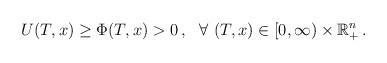
LaTeX: \begin{align*}U(T,x)\ge \Phi(T,x)>0\,, \ \ \forall\ (T,x)\in[0, \infty)\times \mathbb{R}_{+}^n\,.\end{align*}